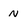
Character: N